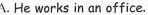
A. He works in an office.